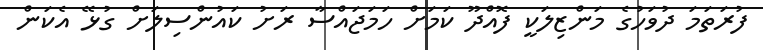
ފުރަތަމަ ދުވަހުގެ މަންޒިލަކީ ފޮއްދޫ ކަމަށް ހަމަޖައްސާ ރަށު ކައުންސިލަށް ގުޅޭ އެކަން